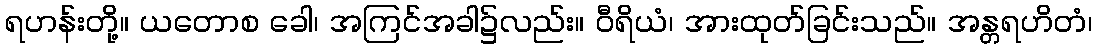
ရဟန်းတို့။ ယတောစ ခေါ၊ အကြင်အခါ၌လည်း။ ဝီရိယံ၊ အားထုတ်ခြင်းသည်။ အန္တရဟိတံ၊